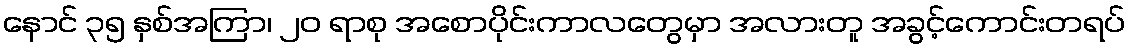
နောင် ၃၅ နှစ်အကြာ၊ ၂၀ ရာစု အစောပိုင်းကာလတွေမှာ အလားတူ အခွင့်ကောင်းတရပ်